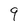
Character: 9